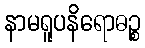
နာမရူပနိရောဓဉ္စ